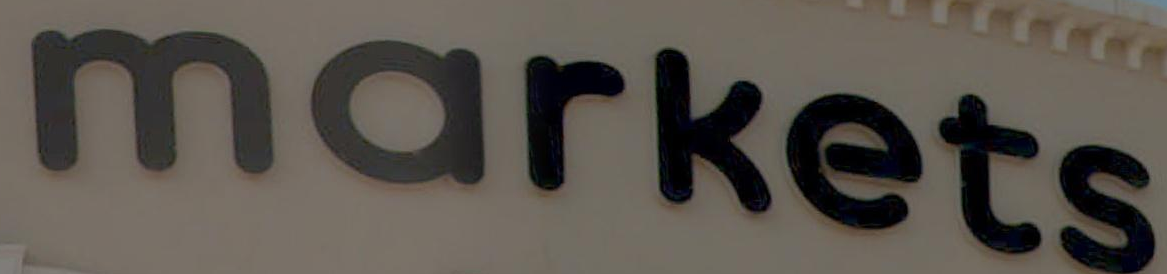
markets